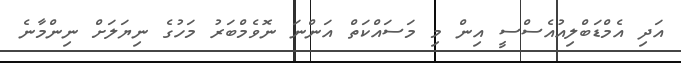
އަދި އެމްޑަބްލިއުއެސްސީ އިން މި މަސައްކަތް އަންނަ ނޮވެމްބަރު މަހުގެ ނިޔަަލަށް ނިންމާނެ